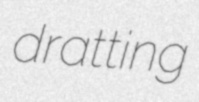
dratting